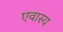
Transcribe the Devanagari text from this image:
एवास्य